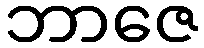
ဘာဇေ